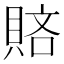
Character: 𧶆